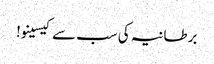
برطانیہ کی سب سے کیسینو!